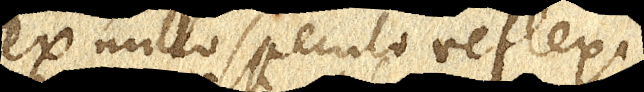
ex nullo speculo reflexi